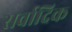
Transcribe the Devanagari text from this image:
सर्वादिक